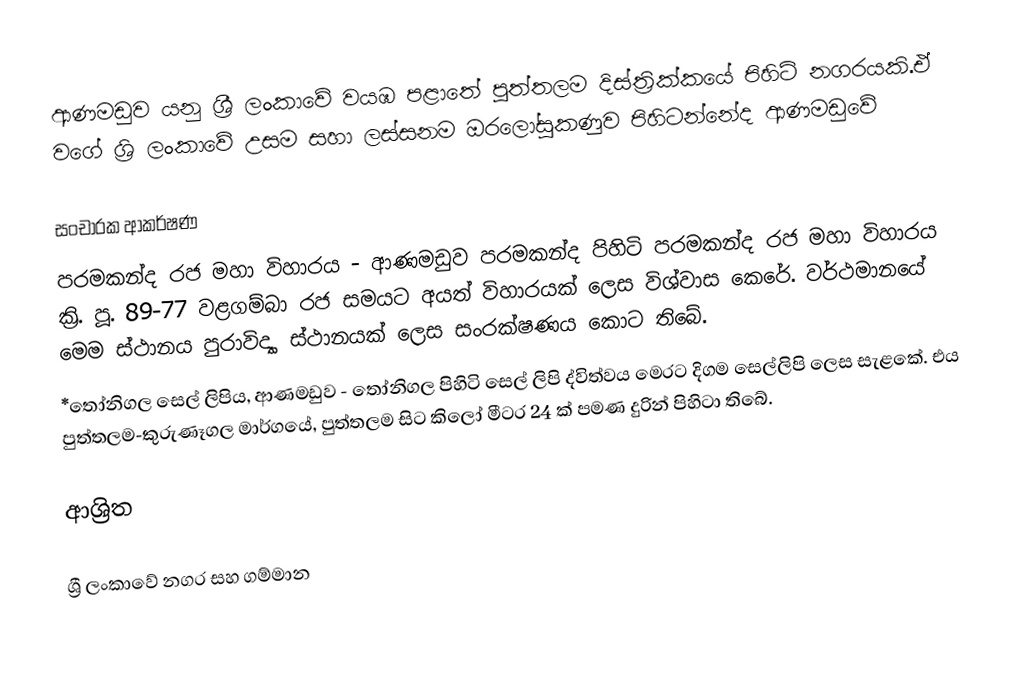
ආණමඩුව යනු ශ්‍රී ලංකාවේ වයඹ පළාතේ පුත්තලම දිස්ත්‍රික්කයේ පිහිටි නගරයකි.ඒ වගේ ශ්‍රි ලංකාවේ උසම සහා ලස්සනම ඔරලෝසුකණුව පිහිටන්නේද ආණමඩුවේ

සංචාරක ආකර්ෂණ
 පරමකන්ද රජ මහා විහාරය - ආණමඩුව පරමකන්ද පිහිටි පරමකන්ද රජ මහා විහාරය ක්‍රි. පූ. 89-77 වළගම්බා රජ සමයට අයත් විහාරයක් ලෙස විශ්වාස කෙරේ. වර්ථමානයේ මෙම ස්ථානය පුරාවිද්‍යා ස්ථානයක් ලෙස සංරක්ෂණය කොට තිබේ.
 *තෝනිගල සෙල් ලිපිය, ආණමඩුව - තෝනිගල පිහිටි සෙල් ලිපි ද්විත්වය මෙරට දිගම සෙල්ලිපි ලෙස සැළකේ. එය පුත්තලම-කුරුණෑගල මාර්ගයේ, පුත්තලම සිට කිලෝ මීටර 24 ක් පමණ දුරින් පිහිටා තිබේ.

ආශ්‍රිත

ශ්‍රී ලංකාවේ නගර සහ ගම්මාන